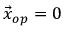
\vec { x } _ { o p } = 0